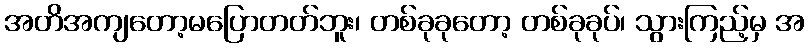
အတိအကျတော့မပြောတတ်ဘူး၊ တစ်ခုခုတော့ တစ်ခုခုပ်၊ သွားကြည့်မှ အ